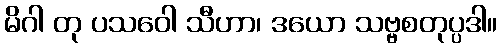
မိဂါ တု ပသဝေါ သီဟာ၊ ဒယော သဗ္ဗစတုပ္ပဒါ။